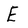
Character: E